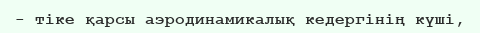
- тiке қарсы аэродинамикалық кедергiнiң күшi,